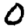
Digit: 0